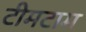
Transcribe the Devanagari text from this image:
टीमटाम